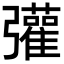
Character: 𢑆